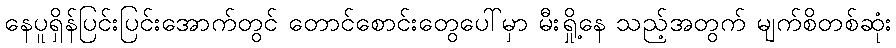
နေပူရှိန်ပြင်းပြင်းအောက်တွင် တောင်စောင်းတွေပေါ်မှာ မီးရှို့နေ သည့်အတွက် မျက်စိတစ်ဆုံး